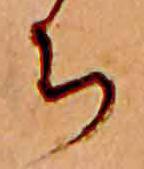
ち